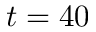
t = 4 0